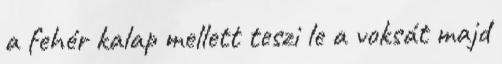
a fehér kalap mellett teszi le a voksát majd